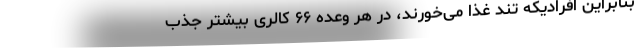
بنابراین افرادیکه تند غذا می‌خورند، در هر وعده ۶۶ کالری بیشتر جذب